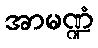
အာမဏ္ဍံ